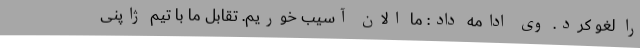
را لغو کرد. وی ادامه داد: ما الان آسیب خوریم. تقابل ما با تیم ژاپنی